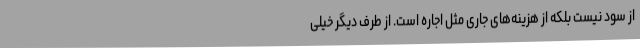
از سود نیست بلکه از هزینه‌های جاری مثل اجاره است. از طرف دیگر خیلی